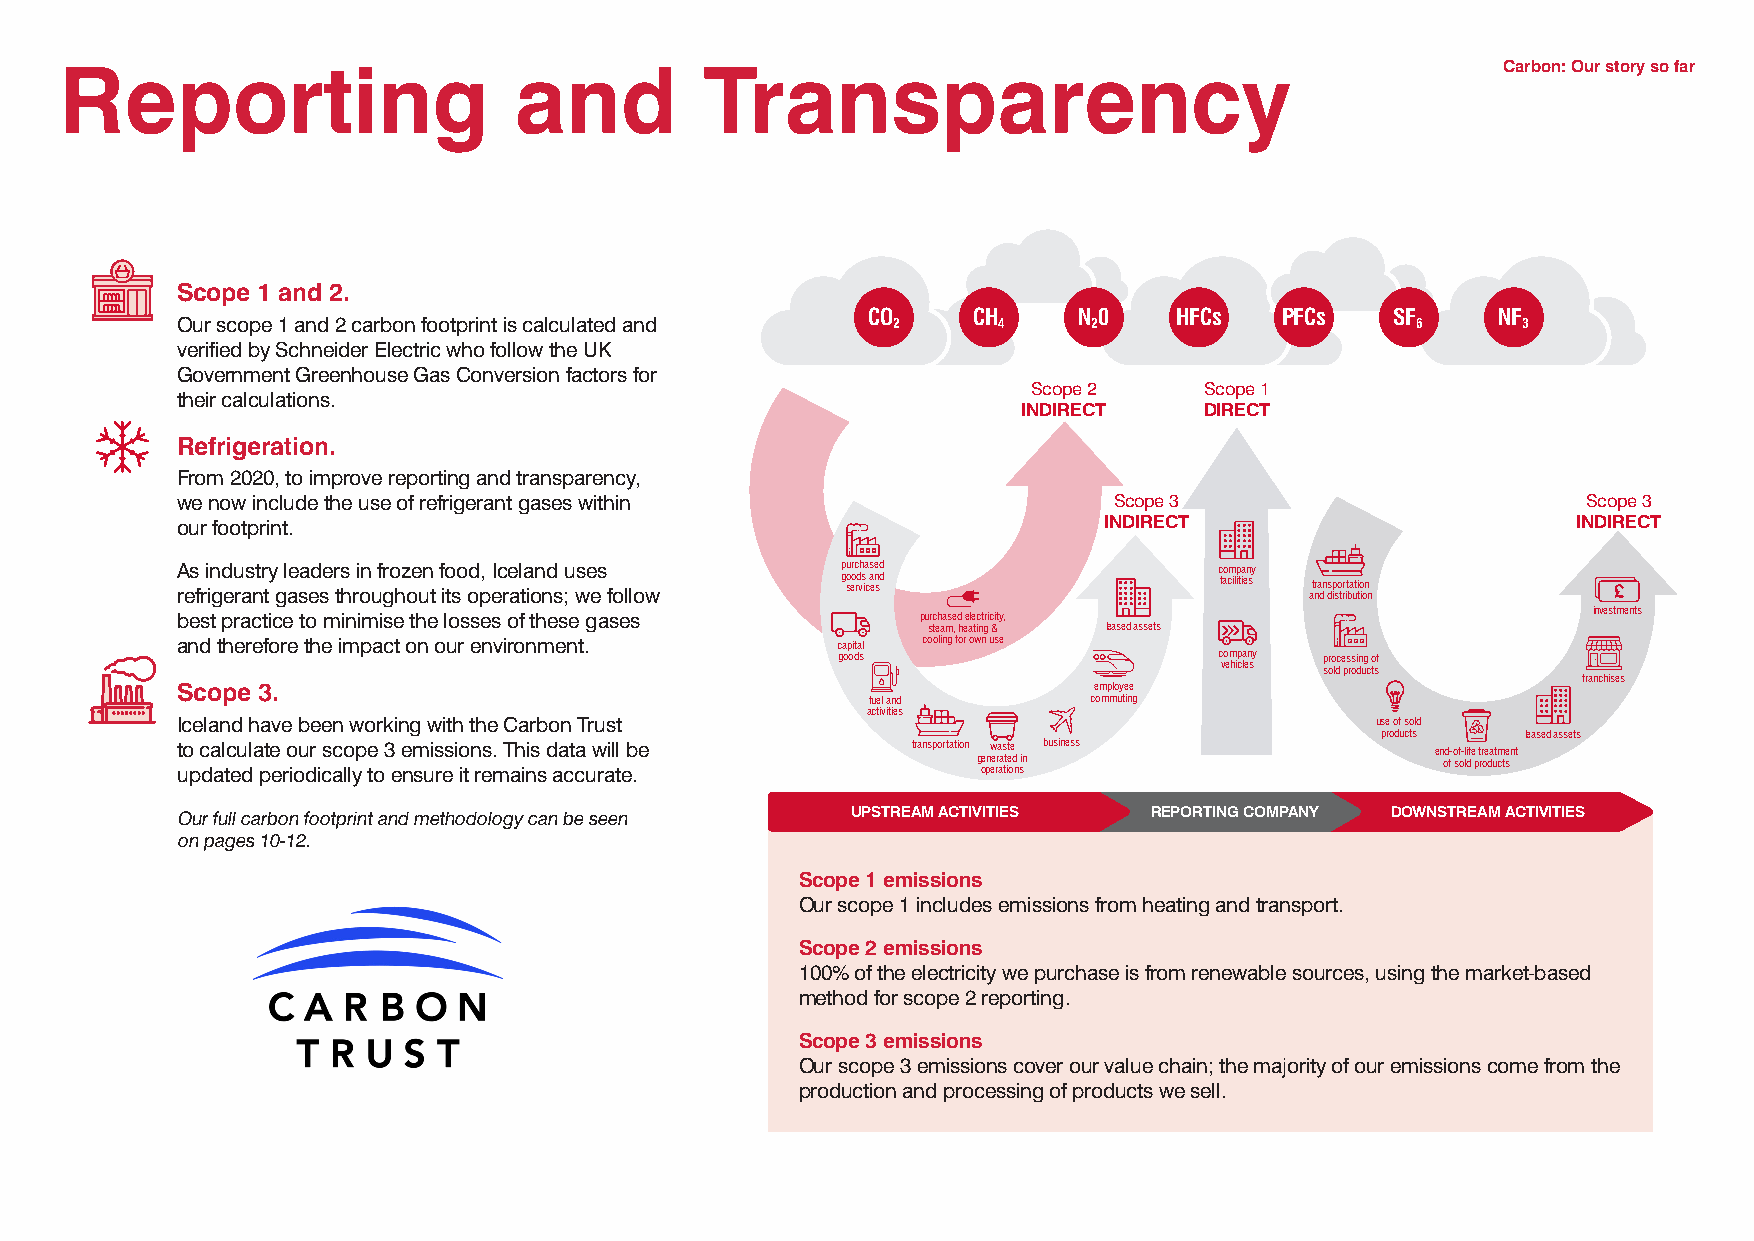
Reporting                     and          Transparency                                        Carbon: Our story so far
 Scope 1 and 2.
 CO     CH     N0     HFCs   PFCs   SF     NF
 Our scope 1 and 2 carbon footprint is calculated and 2 4    2                     6      3
 verified by Schneider Electric who follow the UK
 Government Greenhouse Gas Conversion factors for
 Scope 2     Scope 1
 their calculations.
 INDIRECT    DIRECT
 Refrigeration.
 From 2020, to improve reporting and transparency,
 we now include the use of refrigerant gases within            Scope 3                        Scope 3
 our footprint.                                               INDIRECT                       INDIRECT
 As industry leaders in frozen food, Iceland uses purchased           company
 refrigerant gases throughout its operations; we follow g so eo rd vs ic a en sd facilities at nra dn ds ip so trr ibta uti to ion n
 investments
 best practice to minimise the losses of these gases purchased electricity,
 steam, heating & leased assets
 and therefore the impact on our environment. capital cooling for own use
 goods                     company processing of
 vehicles sold products
 franchises
 Scope 3.                                                    employee
 fuel and      commuting
 activities
 Iceland have been working with the Carbon Trust                                use of sold
 products  leased assets
 to calculate our scope 3 emissions. This data will be transportation waste business end-of-life treatment
 generated in                   of sold products
 updated periodically to ensure it remains accurate.  operations
 Our full carbon footprint and methodology can be seen UPSTREAM ACTIVITIES REPORTING COMPANY DOWNSTREAM ACTIVITIES
 on pages 10-12.
 Scope 1 emissions
 Our scope 1 includes emissions from heating and transport.
 Scope 2 emissions
 100% of the electricity we purchase is from renewable sources, using the market-based
 method for scope 2 reporting.
 Scope 3 emissions
 Our scope 3 emissions cover our value chain; the majority of our emissions come from the
 production and processing of products we sell.